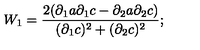
W _ { 1 } = \frac { 2 ( { \partial } _ { 1 } a \partial _ { 1 } c - \partial _ { 2 } a \partial _ { 2 } c ) } { ( { \partial } _ { 1 } c ) ^ { 2 } + ( { \partial } _ { 2 } c ) ^ { 2 } } ;